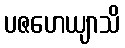
ပဇဟေယျာသိ